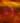
انا